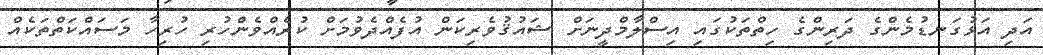
އަދި އަޅުގަނޑުމެންގެ ދަރިންގެ ހިތްތަކުގައި އިސްލާމްދީނަށް ޝައުޤުވެރިކަން އުފެއްދެވުމަށް ކުރެއްވެންހުރި ހުރިހާ މަސައްކަތްތަކެއް